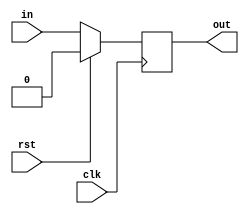
module TC_DelayLine (clk, rst, in, out);
    parameter UUID = 0;
    parameter NAME = "";
    parameter BIT_WIDTH = 1;
    input clk;
    input rst;
    input [BIT_WIDTH-1:0] in;
    output reg [BIT_WIDTH-1:0] out;
   
    initial begin
        out = {BIT_WIDTH{1'b0}};
    end
    
    always @ (posedge clk) begin
        if (rst)
            out <= 1'b0;
        else
            out <= in;
    end
endmodule